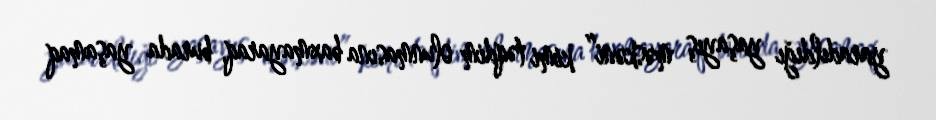
yaradıldığı yaşayış məskəni” kimi təqdim olunmasına baxmayaraq, burada yaşamaq